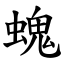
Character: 螝